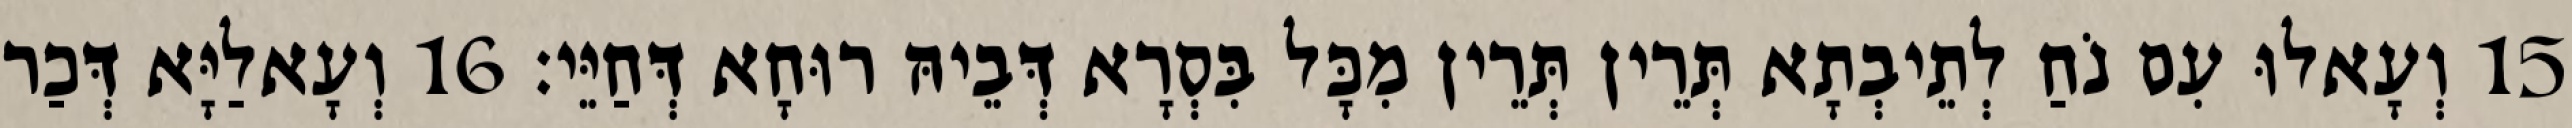
15 וְעָאלוּ עִם נֹחַ לְתֵיבְתָא תְּרֵין תְּרֵין מִכָּל בִּסְרָא דְּבֵיהּ רוּחָא דְּחַיֵּי׃ 16 וְעָאלַיָּא דְּכַר